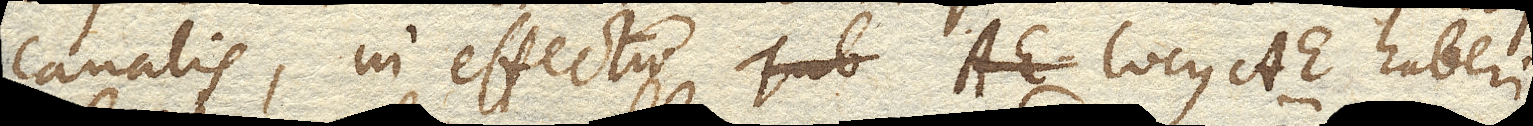
canalis, in effectu locus AE. haberi